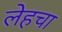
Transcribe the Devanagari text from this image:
लेहचा